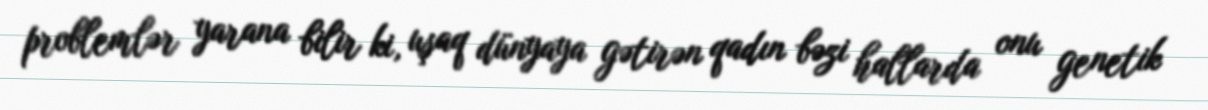
problemlər yarana bilir ki, uşaq dünyaya gətirən qadın bəzi hallarda onu genetik